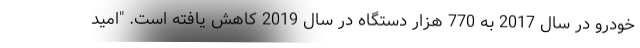
خودرو در سال 2017 به 770 هزار دستگاه در سال 2019 کاهش یافته است. "امید